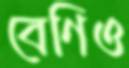
বেণিও